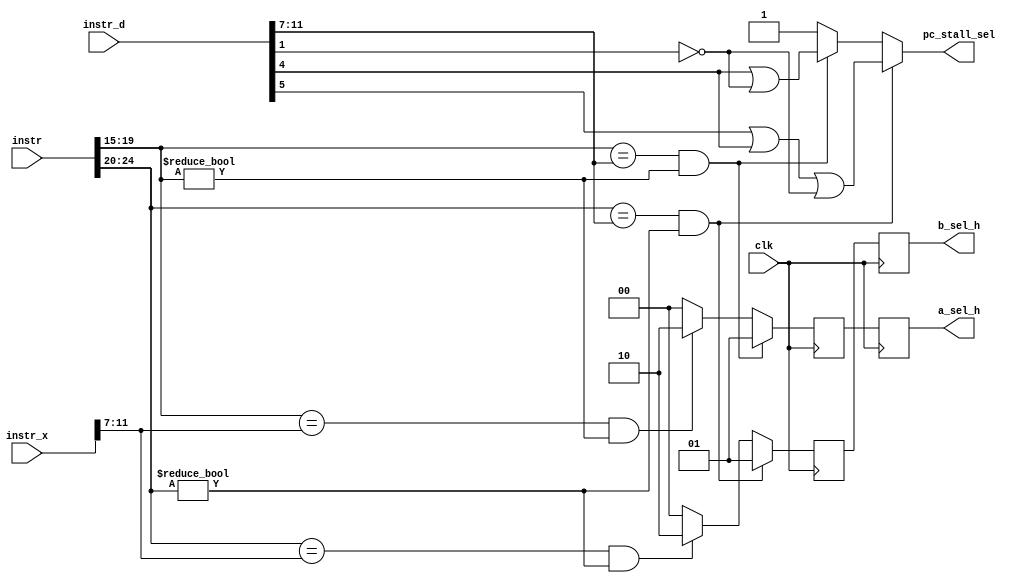
`timescale 1ns / 1ps
//////////////////////////////////////////////////////////////////////////////////
// Company: 
// Engineer: 
// 
// Design Name: 
// Module Name:    hazard_unit 
// Project Name: 
// Target Devices: 
// Tool versions: 
// Description: 
//
// Dependencies: 
//
// Revision: 
// Revision 0.01 - File Created
// Additional Comments: 
//
//////////////////////////////////////////////////////////////////////////////////
module hazard_unit(

    input [31:0] instr,
	 input clk,
	 input [31:0] instr_x,
	 input [31:0] instr_d,
    output reg [1:0] a_sel_h,
	 output reg pc_stall_sel,
    output reg [1:0] b_sel_h
    );
reg  [1:0] a1,b1,a2,b2;
always @*
begin
pc_stall_sel=1; 
if ((instr[19:15]==instr_d[11:7])&&instr[19:15]!=5'b00000 )
begin
a1=2'b01;
pc_stall_sel=instr_d[4]|instr_d[4]|(!instr_d[1]);
end
else if ((instr[19:15]==instr_x[11:7])&&instr[19:15]!=5'b00000 )
a1=2'b10;
else
a1=2'b00;



if (instr[24:20]==instr_d[11:7]&&instr[24:20]!=5'b00000)
begin 
b1=2'b01;
pc_stall_sel=instr_d[5]|instr_d[4]|(!instr_d[1]);
end
else if ((instr[24:20]==instr_x[11:7])&&instr[24:20]!=5'b00000)
b1=2'b10;
else
b1=2'b00;




end
always @ (posedge clk)
begin 
a2<=a1;
b2<=b1;
a_sel_h<=a2;
b_sel_h<=b2;

end 

endmodule